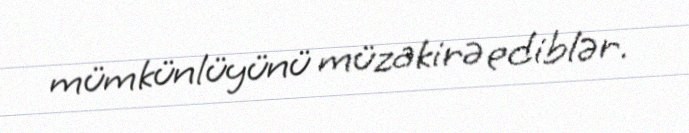
mümkünlüyünü müzakirə ediblər.